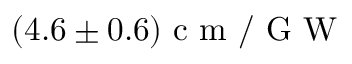
( 4 . 6 \pm 0 . 6 ) \mathrm { ~ c ~ m ~ / ~ G ~ W ~ }